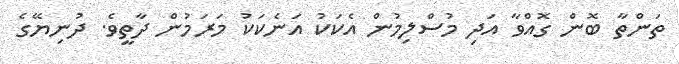
ތަންތާ ބޮން ގޮއްވާ އަދި މުސްލިމުން އެކަކު އަނެކަކު މަރަމުން ދާތީވެ. ދުނިޔޭގެ